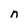
Character: n